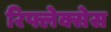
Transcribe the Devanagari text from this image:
रिफ्लेक्सेस